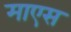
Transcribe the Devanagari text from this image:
माएस